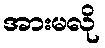
အားမလို